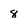
Character: 8